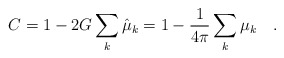
\begin{align*}C = 1-2G\sum_k \hat{\mu}_k = 1 - {1 \over 4\pi}\sum_k \mu_k~~~.\end{align*}